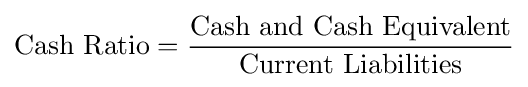
{\mbox{Cash Ratio}}={{\mbox{Cash and Cash Equivalent}} \over {\mbox{Current Liabilities}}}